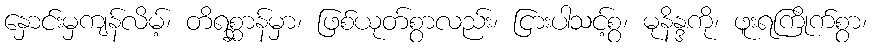
နှောင်းမှကျန်လိမ့်၊ တိရစ္ဆာန်မှာ၊ ဖြစ်ယုတ်စွာလည်း၊ ငြားပါသင့်စွ၊ မုနိန္ဒကို၊ ဖူးရကြိုက်စွာ၊